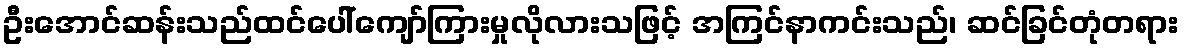
ဦးအောင်ဆန်းသည်ထင်ပေါ်ကျော်ကြားမှုလိုလားသဖြင့် အကြင်နာကင်းသည်၊ ဆင်ခြင်တုံတရား